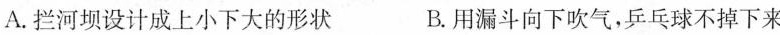
A.拦河坝设计成上小下大的形状 B.用漏斗向下吹气，乒乓球不掉下来